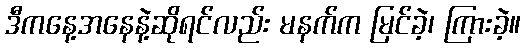
ဒီကနေ့အနေနဲ့ဆိုရင်လည်း မနက်က မြင်ခဲ့၊ ကြားခဲ့။